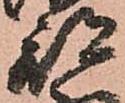
部